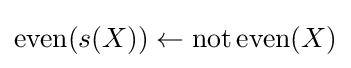
\operatorname {even} (s(X))\leftarrow \operatorname {not} \operatorname {even} (X)